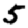
Digit: 5